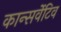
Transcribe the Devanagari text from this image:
कान्सर्वेटिव